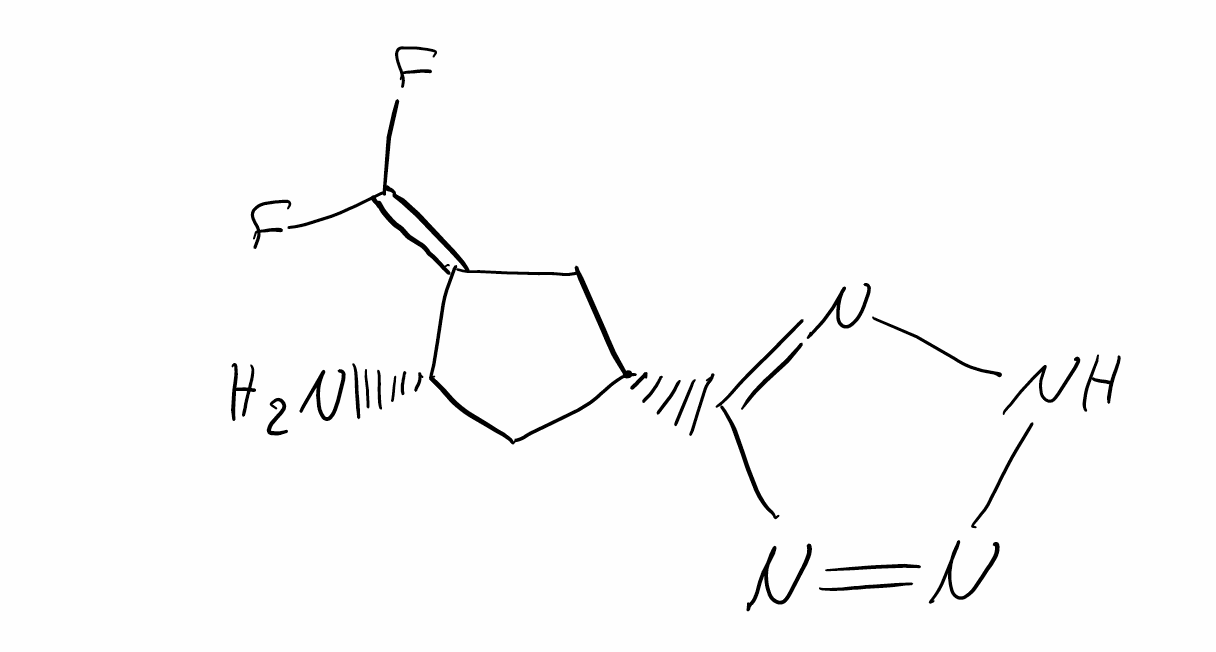
Simplified molecular-input line-entry system (SMILES) notation of the given molecule:
C1[C@H](CC(=C(F)F)[C@H]1N)C2=NNN=N2